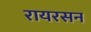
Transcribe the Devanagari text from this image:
रायरसन